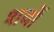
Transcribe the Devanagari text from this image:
शर्वो